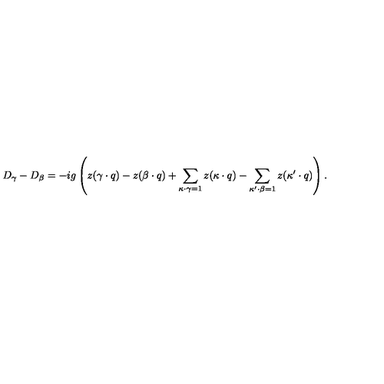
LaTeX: D _ { \gamma } - D _ { \beta } = - i g \left( z ( \gamma \cdot q ) - z ( \beta \cdot q ) + \sum _ { \kappa \cdot \gamma = 1 } z ( \kappa \cdot q ) - \sum _ { \kappa ^ { \prime } \cdot \beta = 1 } z ( \kappa ^ { \prime } \cdot q ) \right) .